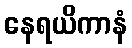
နေရယိကာနံ